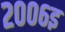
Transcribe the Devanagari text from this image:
२००६इ